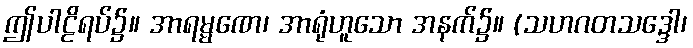
ဤပါဠိရပ်၌။ အာရမ္မဏေ၊ အာရုံဟူသော အနက်၌။ (သဟဂတသဒ္ဒေါ၊